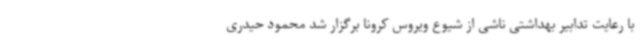
با رعایت تدابیر بهداشتی ناشی از شیوع ویروس کرونا برگزار شد محمود حیدری